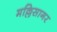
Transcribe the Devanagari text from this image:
मल्लिसागर